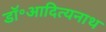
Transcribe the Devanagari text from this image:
डॉ॰आदित्यनाथ